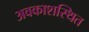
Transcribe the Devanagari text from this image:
अवकाशस्थित